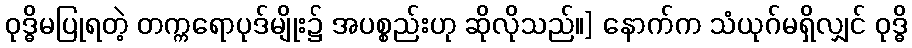
ဝုဒ္ဓိမပြုရတဲ့ တက္ကရောပုဒ်မျိုး၌ အပစ္စည်းဟု ဆိုလိုသည်။] နောက်က သံယုဂ်မရှိလျှင် ဝုဒ္ဓိ